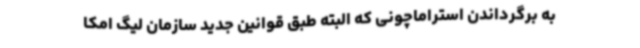
به برگرداندن استراماچونی که البته طبق قوانین جدید سازمان لیگ امکا